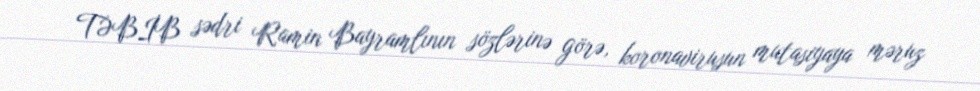
TƏBİB sədri Ramin Bayramlının sözlərinə görə, koronavirusun mutasiyaya məruz